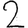
Digit: 2